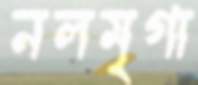
নলমৃগা